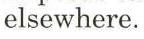
elsewhere.